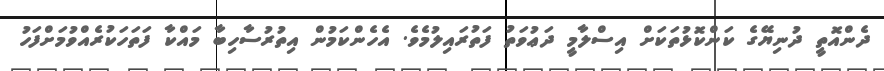
ދެންއޮތީ ދުނިޔޭގެ ކަންކޮޅުތަކަށް އިސްލާމީ ދަޢުވަތު ފަތުރައިލުމެވެ. އެހެންކަމުން އިތުރުސާހިބާ މައްކާ ފަތަހަކުރެއްވުމަށްފަހު